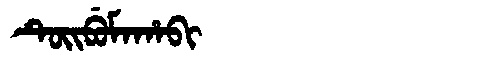
Manchu: ᡨᡠᡳᠪᡠᠮᠠᡥᠠᠪᡳ
Romanization: TUIBUMAHABI